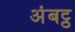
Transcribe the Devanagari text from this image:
अंबट्ठ